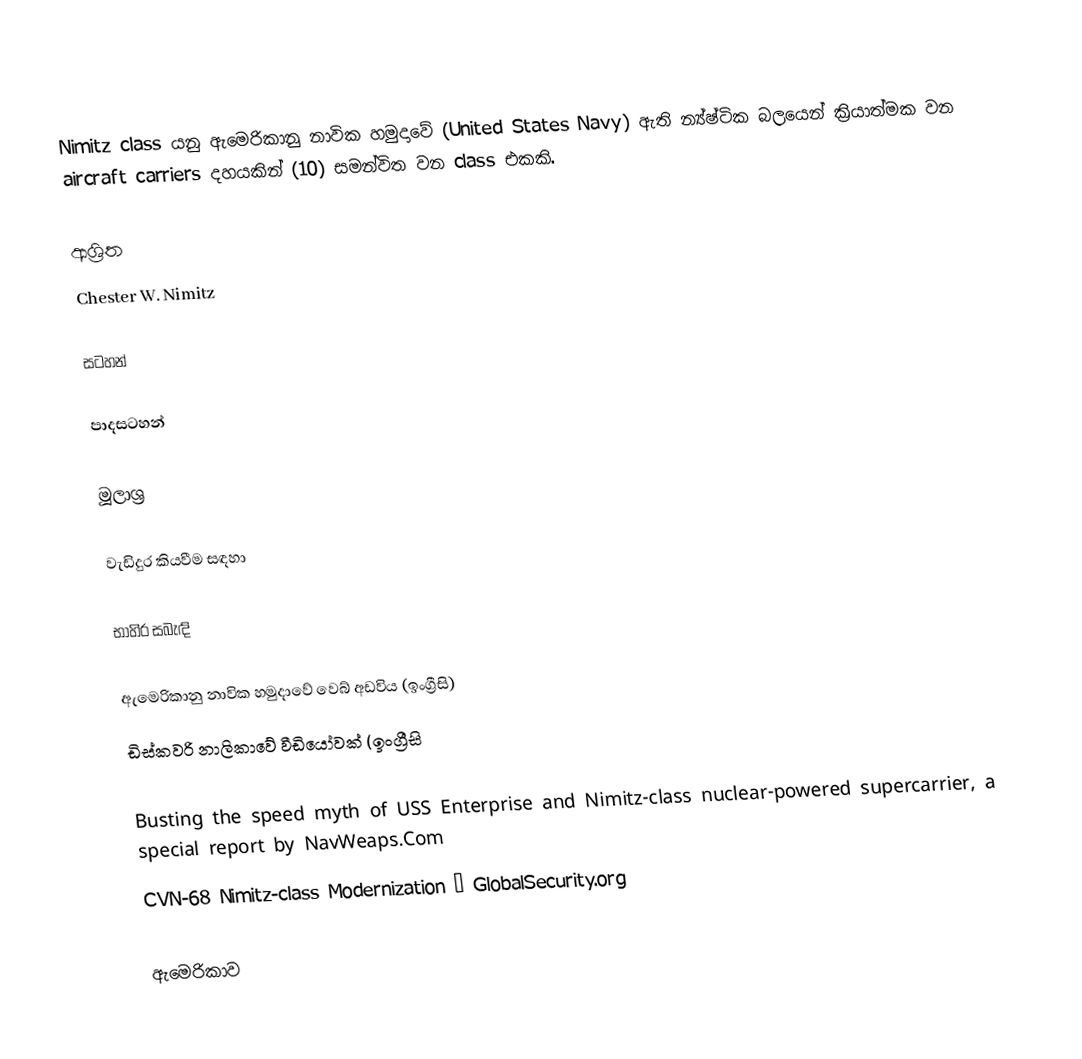
Nimitz class යනු ඇමෙරිකානු නාවික හමුදාවේ (United States Navy) ඇති න්‍ය්ෂ්ටික බලයෙන් ක්‍රියාත්මක වන aircraft carriers දහයකින් (10) සමන්විත වන class එකකි.

ආශ්‍රිත
 Chester W. Nimitz

සටහන්

පාදසටහන්

මූලාශ්‍ර

වැඩිදුර කියවීම සඳහා

භාහිර සබැඳි

 ඇමෙරිකානු නාවික හමුදාවේ වෙබ් අඩවිය (ඉංග්‍රීසි)
 ඩිස්කවරි නාලිකාවේ වීඩියෝවක් (ඉංග්‍රීසි

 Busting the speed myth of USS Enterprise and Nimitz-class nuclear-powered supercarrier, a special report by NavWeaps.Com
 CVN-68 Nimitz-class Modernization – GlobalSecurity.org

ඇමෙරිකාව